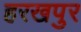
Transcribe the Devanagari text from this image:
हरखपुर